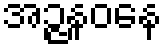
အဉ္ဇနဝနေ